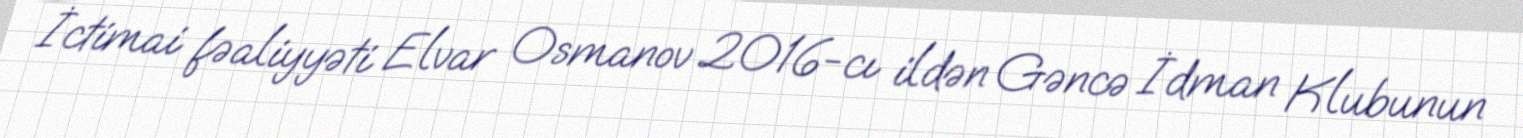
İctimai fəaliyyəti Elvar Osmanov 2016-cı ildən Gəncə İdman Klubunun